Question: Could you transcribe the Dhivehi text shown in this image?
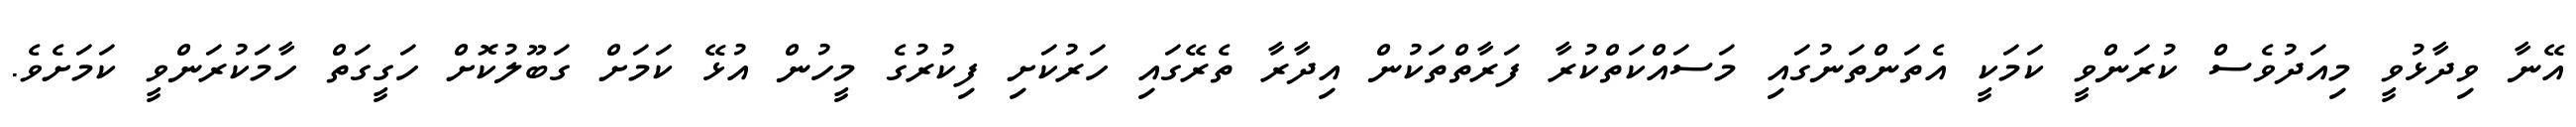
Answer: އޭނާ ވިދާޅުވީ މިއަދުވެސް ކުރަންވީ ކަމަކީ އެތަންތަނުގައި މަސައްކަތްކުރާ ފަރާތްތަކުން އިދާރާ ތެރޭގައި ހަރުކަށި ފިކުރުގެ މީހުން އުޅޭ ކަމަށް ގަބޫލުކޮށް ހަގީގަތް ހާމަކުރަންވީ ކަމަށެވެ.